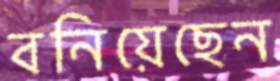
বনিয়েছেন